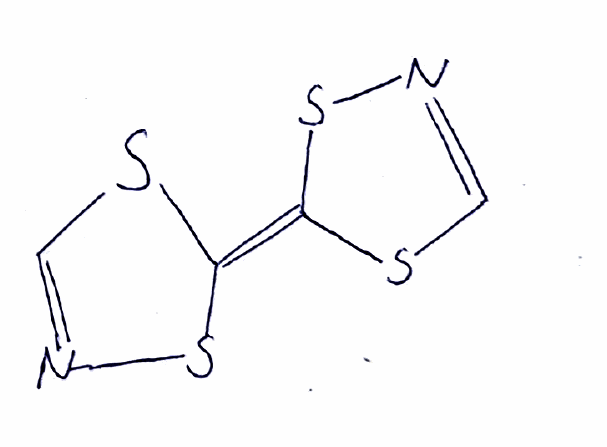
Simplified molecular-input line-entry system (SMILES) notation of the given molecule:
C1=NS/C(=C/2\SC=NS2)/S1